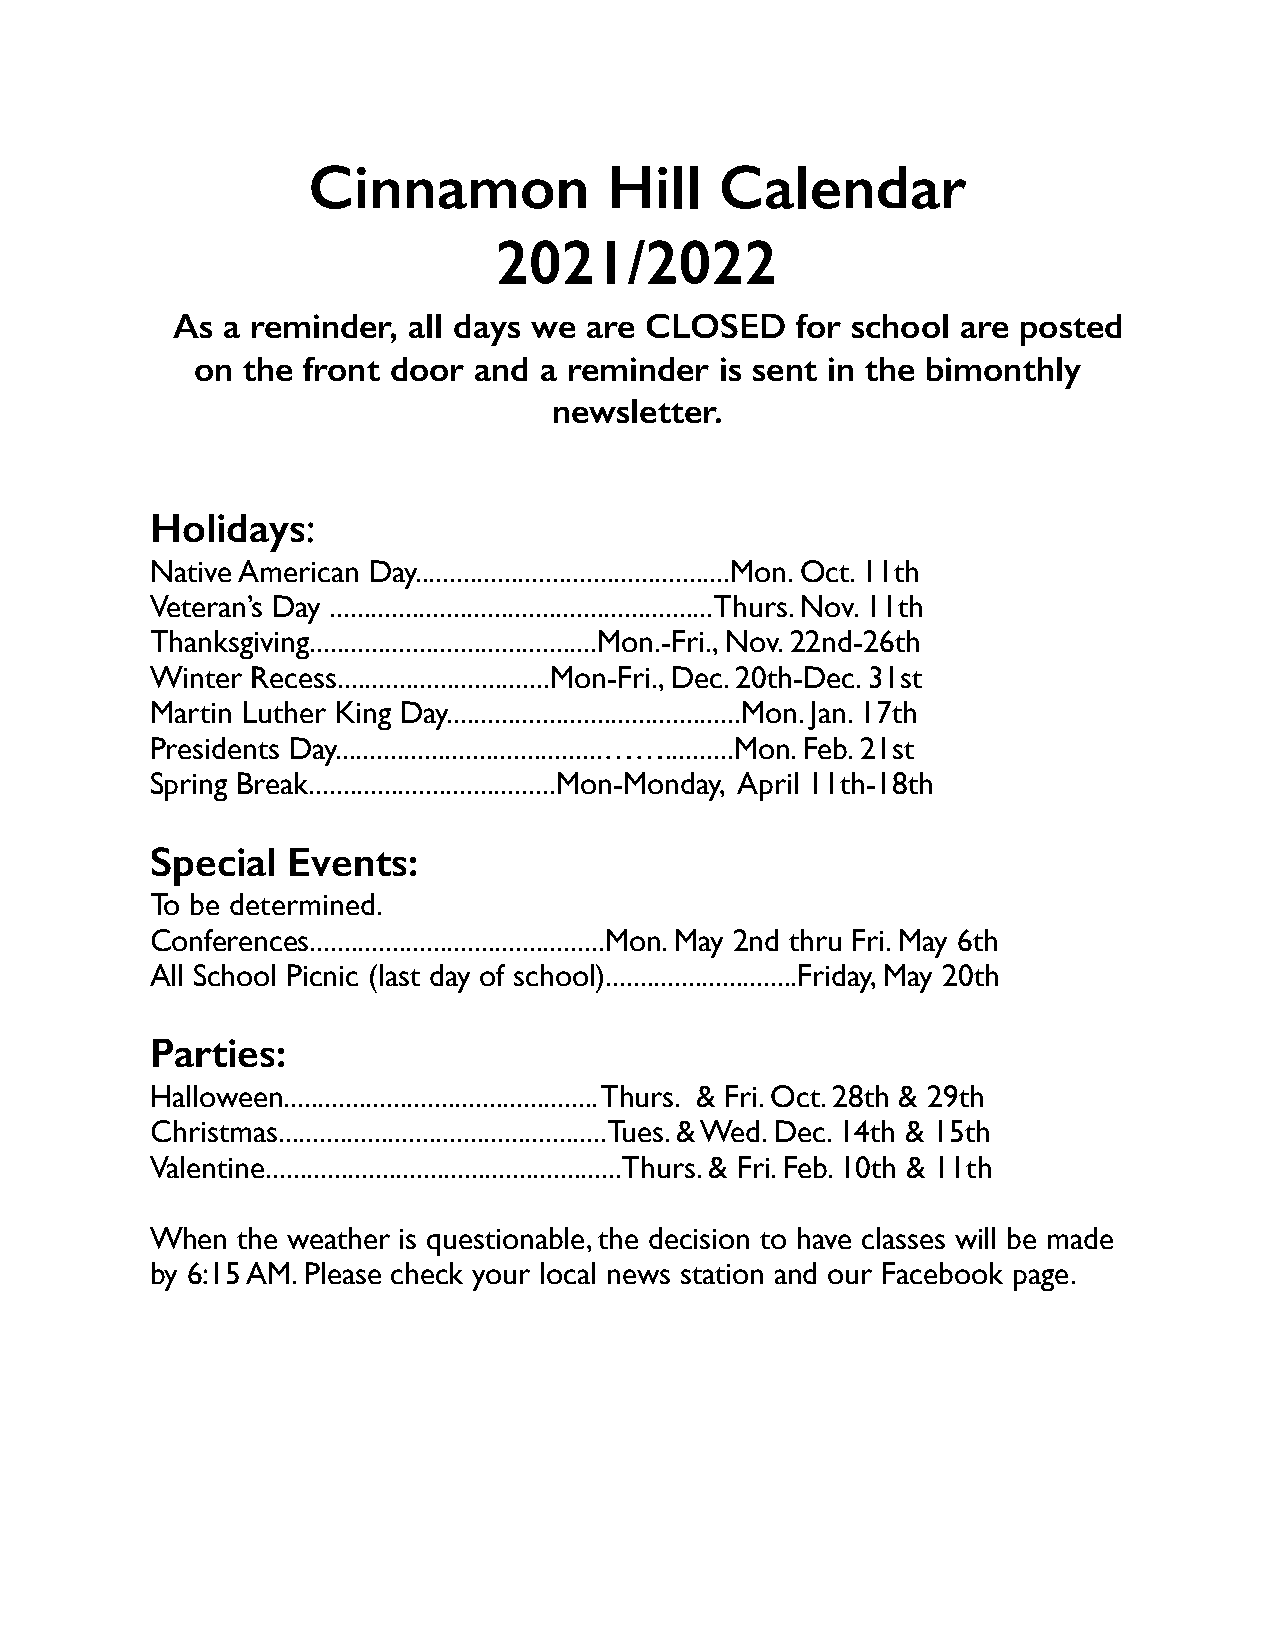
Cinnamon            Hill    Calendar
 2021/2022
 As  a reminder, all days we are CLOSED    for school are posted
 on the front door and  a reminder  is sent in the bimonthly
 newsletter.
 Holidays:
 Native American Day..............................................Mon. Oct. 11th
 Veteran’s Day ........................................................Thurs. Nov. 11th
 Thanksgiving..........................................Mon.-Fri., Nov. 22nd-26th
 Winter Recess...............................Mon-Fri., Dec. 20th-Dec. 31st
 Martin Luther King Day...........................................Mon. Jan. 17th
 Presidents Day.......................................……..........Mon. Feb. 21st
 Spring Break....................................Mon-Monday, April 11th-18th
 Special  Events:
 To be determined.
 Conferences...........................................Mon. May 2nd thru Fri. May 6th
 All School Picnic (last day of school)............................Friday, May 20th
 Parties:
 Halloween.............................................. Thurs. & Fri. Oct. 28th & 29th
 Christmas................................................Tues. & Wed. Dec. 14th & 15th
 Valentine....................................................Thurs. & Fri. Feb. 10th & 11th
 When  the weather is questionable, the decision to have classes will be made
 by 6:15 AM. Please check your local news station and our Facebook page.